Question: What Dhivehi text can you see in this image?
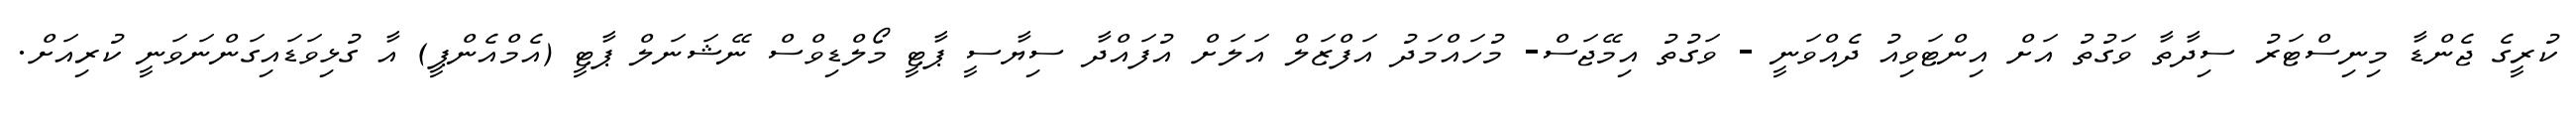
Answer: ކުރީގެ ޖެންޑާ މިނިސްޓަރު ސިދާތާ ވަގުތު އަށް އިންޓަވިއު ދެއްވަނީ - ވަގުތު އިމޭޖަސް- މުހައްމަދު އަފްޒަލް އަލަށް އުފައްދާ ސިޔާސީ ޕާޓީ މޯލްޑިވްސް ނޭޝަނަލް ޕާޓީ (އެމްއެންޕީ) އާ ގުޅިވަޑައިގަންނަވަނީ ކުރިއަށް.